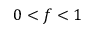
0 < f < 1